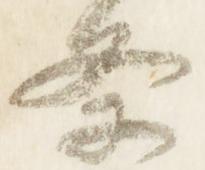
条